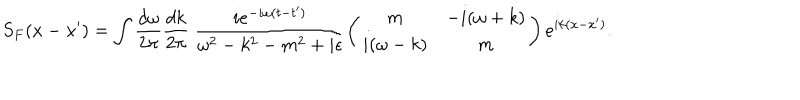
S _ { F } ( x - x ^ { \prime } ) = \int \frac { d \omega } { 2 \pi } \frac { d k } { 2 \pi } \; \frac { i e ^ { - i \omega ( t - t ^ { \prime } ) } } { \omega { } ^ { 2 } - k { } ^ { 2 } - m ^ { 2 } + i \epsilon } \left( \begin{array} { c c } { { m } } & { { - i ( \omega + k ) } } \\ { { i ( \omega - k ) } } & { { m } } \\ \end{array} \right) e ^ { i k ( x - x ^ { \prime } ) } .